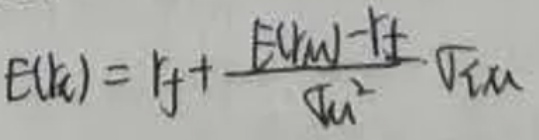
$E(r_{i}) = r_{f}+\frac{E(r_{M})-r_{f}}{\sigma_{M}^{2}}\cdot\sigma_{iM}$